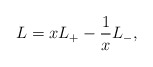
\begin{align*}L = x L_+ - \frac{1}{x} L_-, \end{align*}